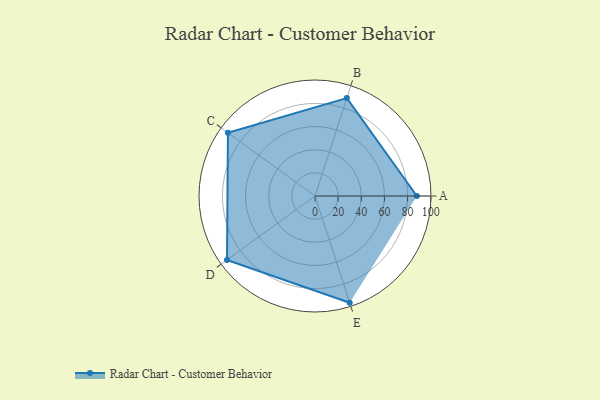
{"axis": {"x": "Skill", "y": "Score"}, "legend": ["Profile"], "data": [{"x": "A", "y": 88.0, "type": "Profile"}, {"x": "B", "y": 89.0, "type": "Profile"}, {"x": "C", "y": 93.0, "type": "Profile"}, {"x": "D", "y": 94.0, "type": "Profile"}, {"x": "E", "y": 97.0, "type": "Profile"}]}